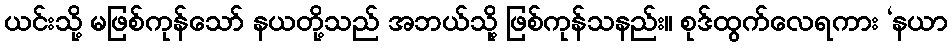
ယင်းသို့ မဖြစ်ကုန်သော် နယတို့သည် အဘယ်သို့ ဖြစ်ကုန်သနည်း။ စုဒ်ထွက်လေရကား ‘နယာ